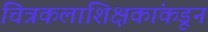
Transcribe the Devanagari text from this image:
चित्रकलाशिक्षकांकडून